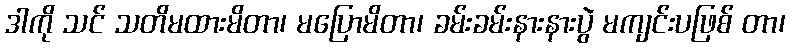
ဒါကို သင် သတိမထားမိတာ၊ မပြောမိတာ၊ ခမ်းခမ်းနားနားပွဲ မကျင်းပဖြစ် တာ၊